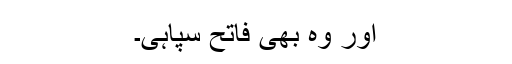
اور وہ بھی فاتح سپاہی۔